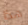
هذا